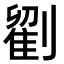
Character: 𭄒